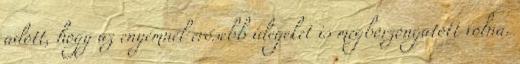
adott, hogy az enyémnél erősebb idegeket is megborzongatott volna.